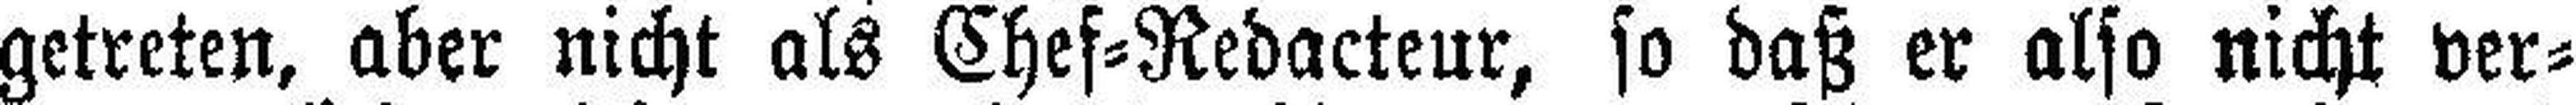
getreten, aber nicht als Chef=Redacteur, so daß er also nicht ver¬